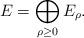
LaTeX: \begin{align*}E=\bigoplus_{\rho\geq 0} E_\rho.\end{align*}